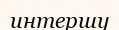
интершу